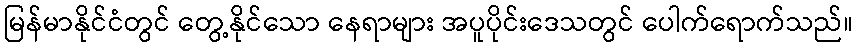
မြန်မာနိုင်ငံတွင် တွေ့နိုင်သော နေရာများ အပူပိုင်းဒေသတွင် ပေါက်ရောက်သည်။